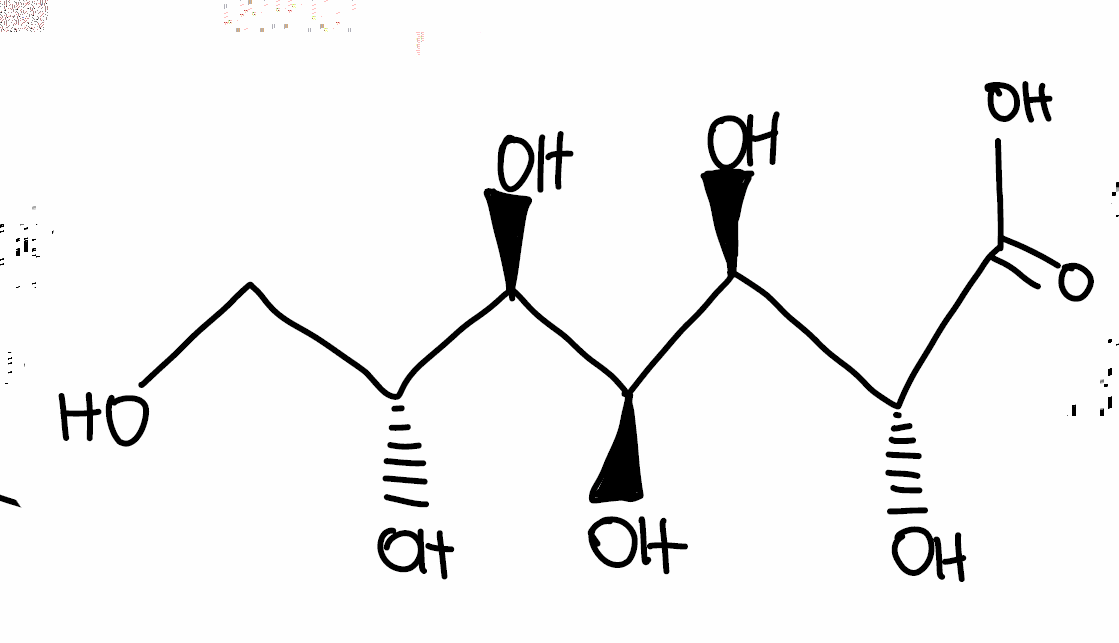
Simplified molecular-input line-entry system (SMILES) notation of the given molecule:
C([C@H]([C@H]([C@@H]([C@H]([C@H](C(=O)O)O)O)O)O)O)O